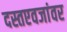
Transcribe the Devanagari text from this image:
दस्तएवजांवर